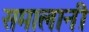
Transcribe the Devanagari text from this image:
समालानी